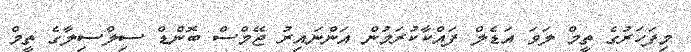
މިފަހަރުގެ ތީމް ލަވަ އަޑެލް ފައްކާކުރަމުން އަންނައިރު ޖޭމްސް ބޮންޑް ސިލްސިލާގެ ތީމް